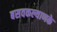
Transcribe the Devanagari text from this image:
बसवकल्याणके